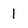
Character: 1